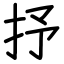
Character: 抒